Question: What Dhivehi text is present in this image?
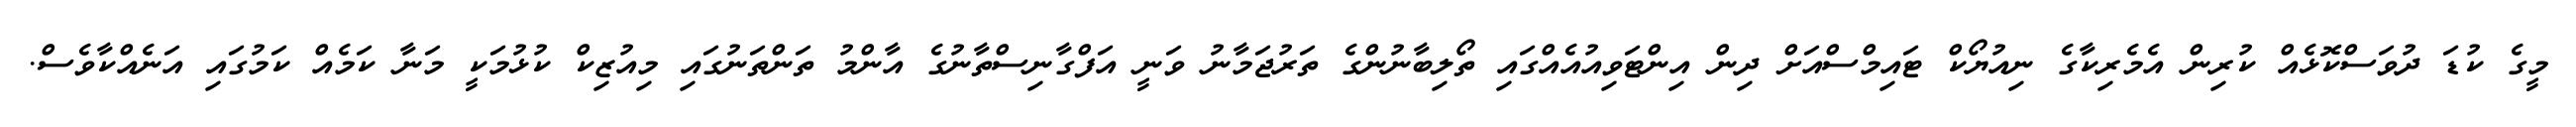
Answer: މީގެ ކުޑަ ދުވަސްކޮޅެއް ކުރިން އެމެރިކާގެ ނިއުޔޯކް ޓައިމްސްއަށް ދިން އިންޓަވިއުއެއްގައި ތޯލިބާނުންގެ ތަރުޖަމާނު ވަނީ އަފްގާނިސްތާނުގެ އާންމު ތަންތަނުގައި މިއުޒިކް ކުޅުމަކީ މަނާ ކަމެއް ކަމުގައި އަނެއްކާވެސް.